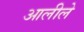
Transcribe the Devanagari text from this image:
आलीले